Indian journal of veterinary science and animal husbandry - Volume 10,
Year: 1940
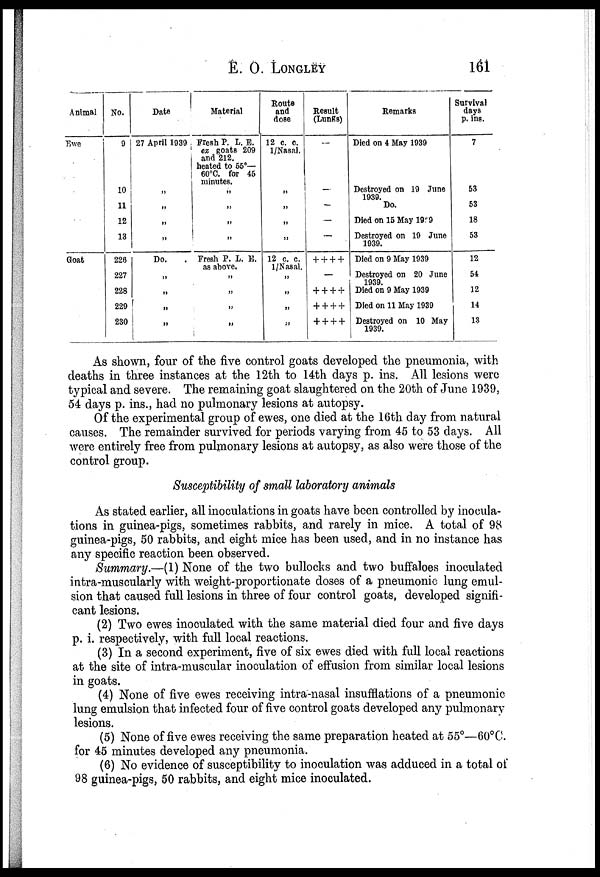
E. O. LONGLEY
161
Animal
Ewe
Goat
No.
9
10
11
12
13
226
227
228
229
230
Date
27 April 1939
„
„
„
„
Do.
„
„
„
„
Material
Fresh P. L. E.
ex goats 209
and 212.
heated to 65°—
60°C. for 46
minutes.
„
„
„
„
Fresh P. L. E.
as above.
„
„
„
„
Route
and
dose
12 c. c.
1/Nasal.
„
„
„
„
12 c. c.
1/Nasal.
„
„
„
„
Result
(Lungs)
—
—
—
—
++++
—
++++
++++
++++
Remarks
Died on 4 May 1939
Destroyed on 19 June
1939.
Do.
Died on 15 May 1939
Destroyed on 19 June
1939.
Died on 9 May 1939
Destroyed on 20 June
1939.
Died on 9 May 1939
Died on 11 May 1939
Destroyed on 10 May
1939.
Survival
days
p. ins.
7
53
53
18
53
12
54
12
14
13
As shown, four of the five control goats developed the pneumonia, with
deaths in three instances at the 12th to 14th days p. ins. All lesions were
typical and severe. The remaining goat slaughtered on the 20th of June 1939,
54 days p. ins., had no pulmonary lesions at autopsy.
Of the experimental group of ewes, one died at the 16th day from natural
causes. The remainder survived for periods varying from 45 to 53 days. All
were entirely free from pulmonary lesions at autopsy, as also were those of the
control group.
Susceptibility of small laboratory animals
As stated earlier, all inoculations in goats have been controlled by inocula-
tions in guinea-pigs, sometimes rabbits, and rarely in mice. A total of 98
guinea-pigs, 50 rabbits, and eight mice has been used, and in no instance has
any specific reaction been observed.
Summary.—(1) None of the two bullocks and two buffaloes inoculated
intra-muscularly with weight-proportionate doses of a pneumonic lung emul-
sion that caused full lesions in three of four control goats, developed signifi-
cant lesions.
(2) Two ewes inoculated with the same material died four and five days
p. i. respectively, with full local reactions.
(3) In a second experiment, five of six ewes died with full local reactions
at the site of intra-muscular inoculation of effusion from similar local lesions
in goats.
(4) None of five ewes receiving intra-nasal insufflations of a pneumonic-
lung emulsion that infected four of five control goats developed any pulmonary
lesions.
(5) None of five ewes receiving the same preparation heated at 55°—60°C.
for 45 minutes developed any pneumonia.
(6) No evidence of susceptibility to inoculation was adduced in a total of
98 guinea-pigs, 50 rabbits, and eight mice inoculated.